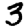
Digit: 3